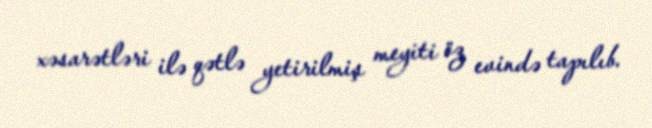
xəsarətləri ilə qətlə yetirilmiş meyiti öz evində tapılıb.